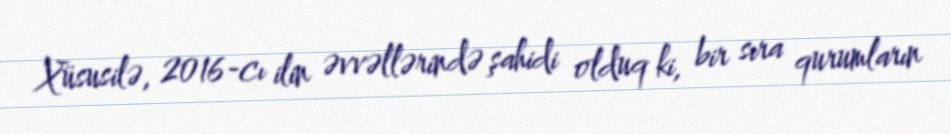
Xüsusilə, 2016-cı ilin əvvəllərində şahidi olduq ki, bir sıra qurumların